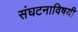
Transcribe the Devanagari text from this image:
संघटनाविषयी